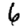
Digit: 6